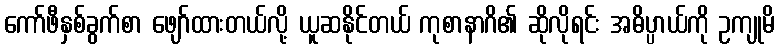
ကော်ဖီနှစ်ခွက်စာ ဖျော်ထားတယ်လို့ ယူဆနိုင်တယ် ကုစာနာဂိ၏ ဆိုလိုရင်း အဓိပ္ပာယ်ကို ဥကျုမိ